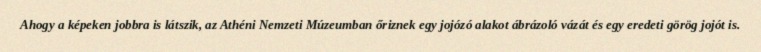
Ahogy a képeken jobbra is látszik, az Athéni Nemzeti Múzeumban őriznek egy jojózó alakot ábrázoló vázát és egy eredeti görög jojót is.